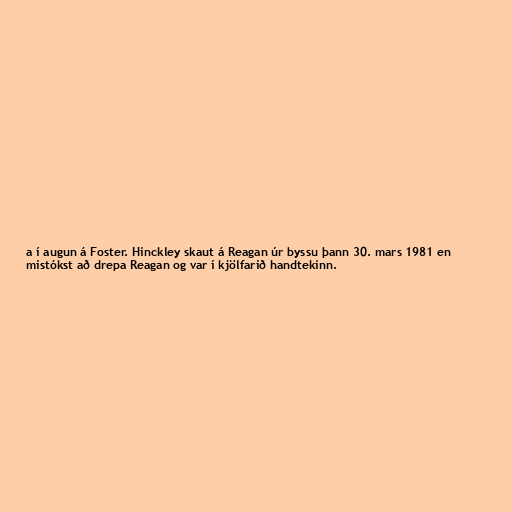
a í augun á Foster. Hinckley skaut á Reagan úr byssu þann 30. mars 1981 en
mistókst að drepa Reagan og var í kjölfarið handtekinn.